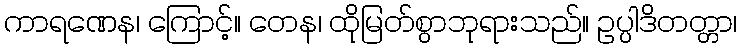
ကာရဏေန၊ ကြောင့်။ တေန၊ ထိုမြတ်စွာဘုရားသည်။ ဥပ္ပါဒိတတ္တာ၊